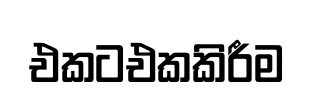
එකටඑකකිරීම